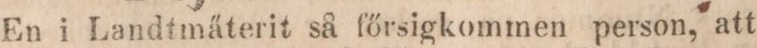
En i Landtmäterit så főrsigkommen person, att